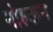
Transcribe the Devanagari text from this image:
नोहकन